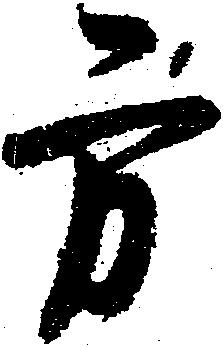
方